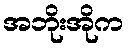
အဘိုးအိုက